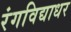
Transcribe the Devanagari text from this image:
रंगविद्याधर